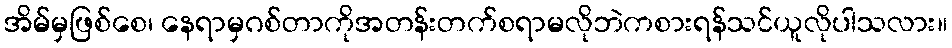
အိမ်မှဖြစ်စေ၊ နေရာမှဂစ်တာကိုအတန်းတက်စရာမလိုဘဲကစားရန်သင်ယူလိုပါသလား။